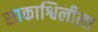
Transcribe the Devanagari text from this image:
साकाश्विलीला